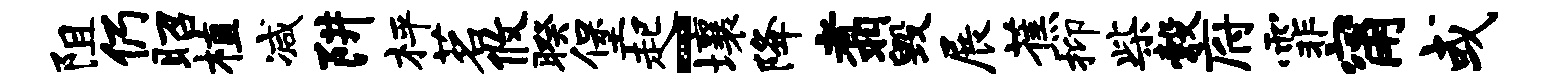
阻仍昭植减阱枰茗攸暌堡起-壤降翥毁展蕉抑柴彀府霏甯或